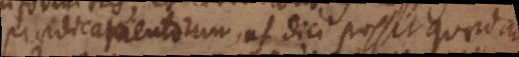
praedicamentorum, ut dici possit quaedam